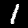
Label: 1